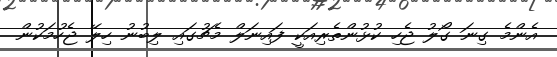
އެންމެ ގިނަ ގޯލު ޖެހި ކުޅުންތެރިއަކީ ފައިނަލް މެޗުގައި ލިބުނު ހިލޭ ޖެހުމަކުން